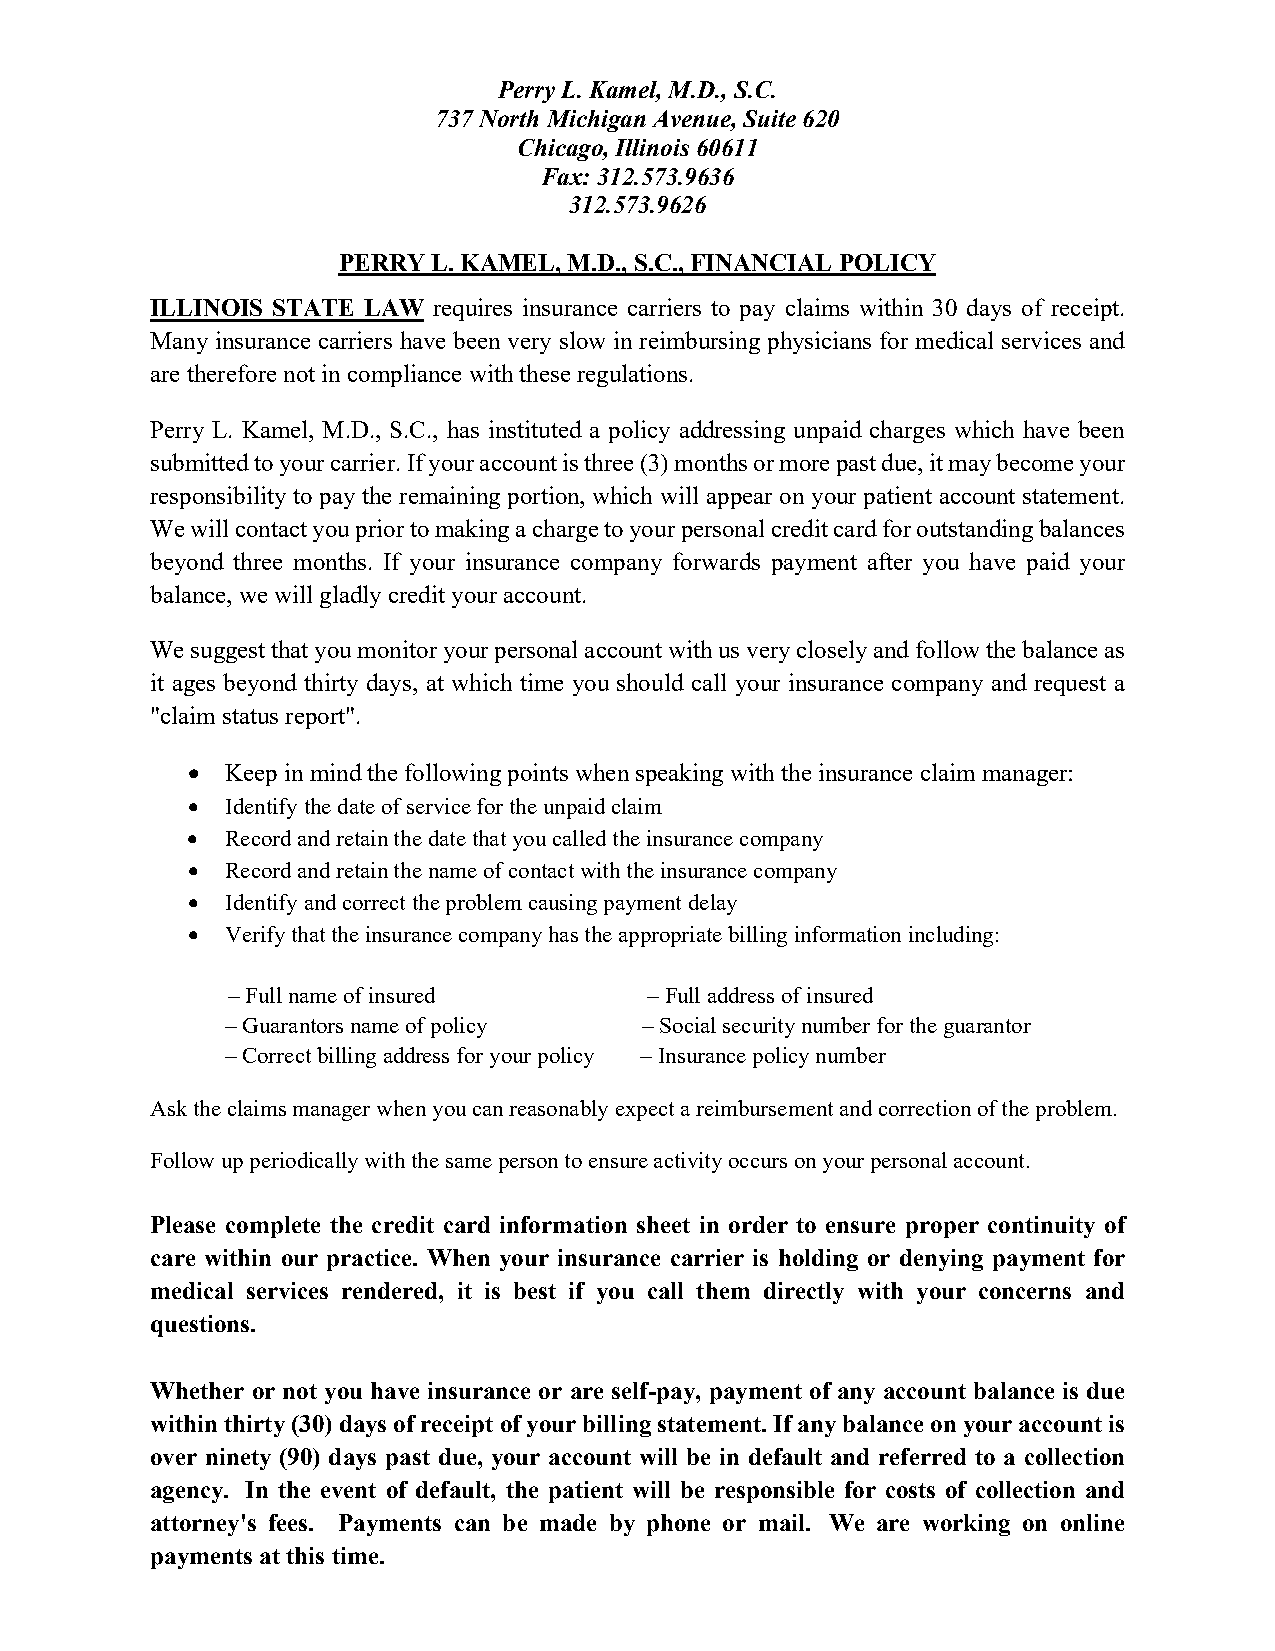
Perry L. Kamel, M.D., S.C.
 737 North Michigan Avenue, Suite 620
 Chicago, Illinois 60611
 Fax: 312.573.9636
 312.573.9626
 PERRY  L. KAMEL, M.D., S.C., FINANCIAL POLICY
 ILLINOIS STATE LAW requires insurance carriers to pay claims within 30 days of receipt.
 Many insurance carriers have been very slow in reimbursing physicians for medical services and
 are therefore not in compliance with these regulations.
 Perry L. Kamel, M.D., S.C., has instituted a policy addressing unpaid charges which have been
 submitted to your carrier. If your account is three (3) months or more past due, it may become your
 responsibility to pay the remaining portion, which will appear on your patient account statement.
 We will contact you prior to making a charge to your personal credit card for outstanding balances
 beyond three months. If your insurance company forwards payment after you have paid your
 balance, we will gladly credit your account.
 We suggest that you monitor your personal account with us very closely and follow the balance as
 it ages beyond thirty days, at which time you should call your insurance company and request a
 "claim status report".
 •  Keep in mind the following points when speaking with the insurance claim manager:
 •  Identify the date of service for the unpaid claim
 •  Record and retain the date that you called the insurance company
 •  Record and retain the name of contact with the insurance company
 •  Identify and correct the problem causing payment delay
 •  Verify that the insurance company has the appropriate billing information including:
 – Full name of insured      – Full address of insured
 – Guarantors name of policy – Social security number for the guarantor
 – Correct billing address for your policy – Insurance policy number
 Ask the claims manager when you can reasonably expect a reimbursement and correction of the problem.
 Follow up periodically with the same person to ensure activity occurs on your personal account.
 Please complete the credit card information sheet in order to ensure proper continuity of
 care within our practice. When your insurance carrier is holding or denying payment for
 medical services rendered, it is best if you call them directly with your concerns and
 questions.
 Whether or not you have insurance or are self-pay, payment of any account balance is due
 within thirty (30) days of receipt of your billing statement. If any balance on your account is
 over ninety (90) days past due, your account will be in default and referred to a collection
 agency. In the event of default, the patient will be responsible for costs of collection and
 attorney's fees. Payments can be made by phone or mail. We are working on online
 payments at this time.